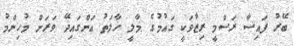
ބޭރު ފައިސާ ރަސްމީ ރިޒާވަކީ ގައުމުގެ މާލީ ހާލަތު އަންގައިދޭ ވަރަށް މުހިންމު